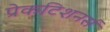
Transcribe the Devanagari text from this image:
प्रेकटिशनर्स